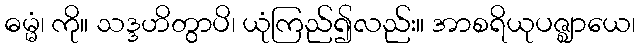
ဓမ္မံ၊ ကို။ သဒ္ဒဟိတွာပိ၊ ယုံကြည်၍လည်း။ အာစရိယုပဇ္ဈာယေ၊